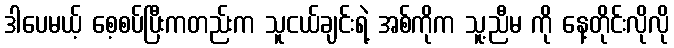
ဒါပေမယ့် စေ့စပ်ပြီးကတည်းက သူငယ်ချင်းရဲ့ အစ်ကိုက သူ့ညီမ ကို နေ့တိုင်းလိုလို